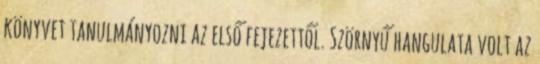
könyvet tanulmányozni az első fejezettől. Szörnyű hangulata volt az